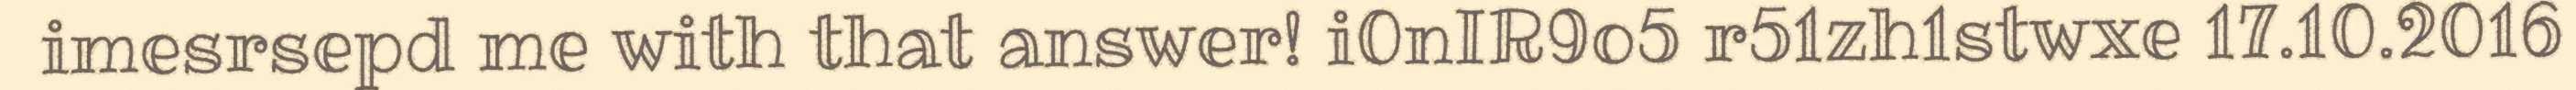
imesrsepd me with that answer! i0nIR9o5 r51zh1stwxe 17.10.2016